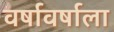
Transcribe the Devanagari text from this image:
वर्षावर्षाला